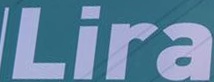
Lira